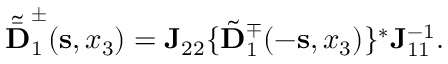
\begin{array} { r } { { \tilde { \bar { \bf D } } } _ { 1 } ^ { \pm } ( { \bf s } , x _ { 3 } ) = { \bf J } _ { 2 2 } \{ \tilde { \bf D } _ { 1 } ^ { \mp } ( - { \bf s } , x _ { 3 } ) \} ^ { * } { \bf J } _ { 1 1 } ^ { - 1 } . } \end{array}